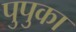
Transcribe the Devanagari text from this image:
पुपुका